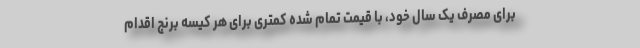
برای مصرف یک سال خود، با قیمت تمام شده کمتری برای هر کیسه برنج اقدام